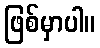
ဖြစ်မှာပါ။